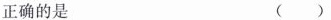
正确的是 ()